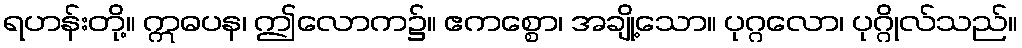
ရဟန်းတို့။ ဣဓပန၊ ဤလောက၌။ ဧကစ္စော၊ အချို့သော။ ပုဂ္ဂလော၊ ပုဂ္ဂိုလ်သည်။